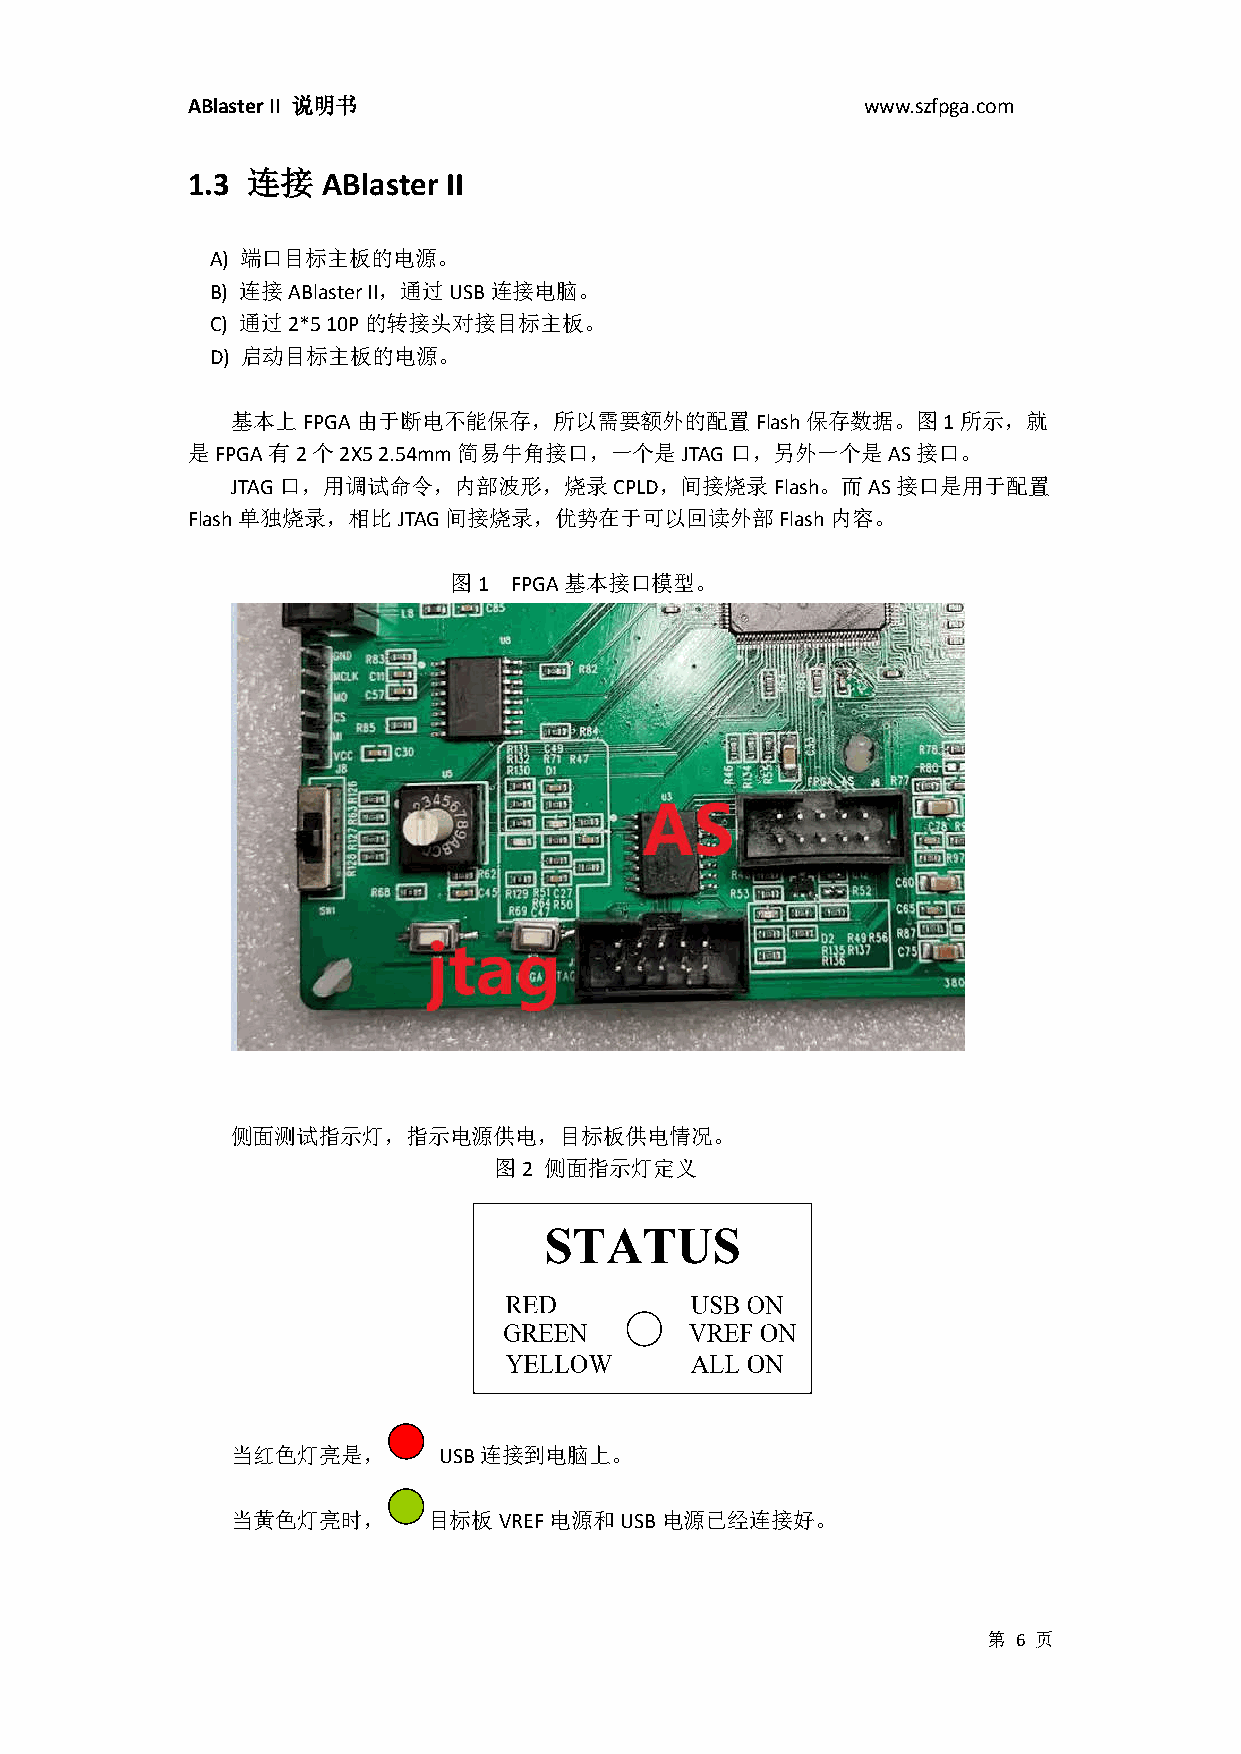
ABlaster II 说明书                              www.szfpga.com
 1.3 连接   ABlaster II
 A) 端口目标主板的电源。
 B) 连接ABlaster II，通过USB连接电脑。
 C) 通过2*5 10P的转接头对接目标主板。
 D) 启动目标主板的电源。
 基本上FPGA由于断电不能保存，所以需要额外的配置Flash保存数据。图1所示，就
 是FPGA有2个2X5  2.54mm简易牛角接口，一个是JTAG口，另外一个是AS接口。
 JTAG口，用调试命令，内部波形，烧录CPLD，间接烧录Flash。而AS接口是用于配置
 Flash单独烧录，相比JTAG间接烧录，优势在于可以回读外部Flash内容。
 图1  FPGA基本接口模型。
 侧面测试指示灯，指示电源供电，目标板供电情况。
 图2 侧面指示灯定义
 当红色灯亮是，       USB连接到电脑上。
 当黄色灯亮时，      目标板VREF电源和USB电源已经连接好。
 第 6 页